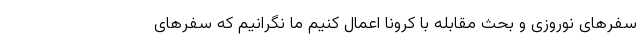
سفرهای نوروزی و بحث مقابله با کرونا اعمال کنیم ما نگرانیم که سفرهای